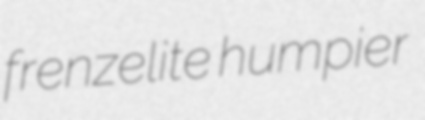
frenzelite humpier